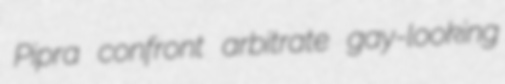
Pipra confront arbitrate gay-looking